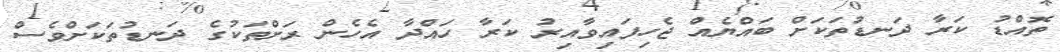
ތޮއްޑު ކަރާ ދަނޑުތަކަށް ބައްޔެއް ޖެހިފައިވާއިރު ކަރާ ހައްދާ އެހެން ރަށްތަކުގެ ދަނޑުތަކަށްވެސް